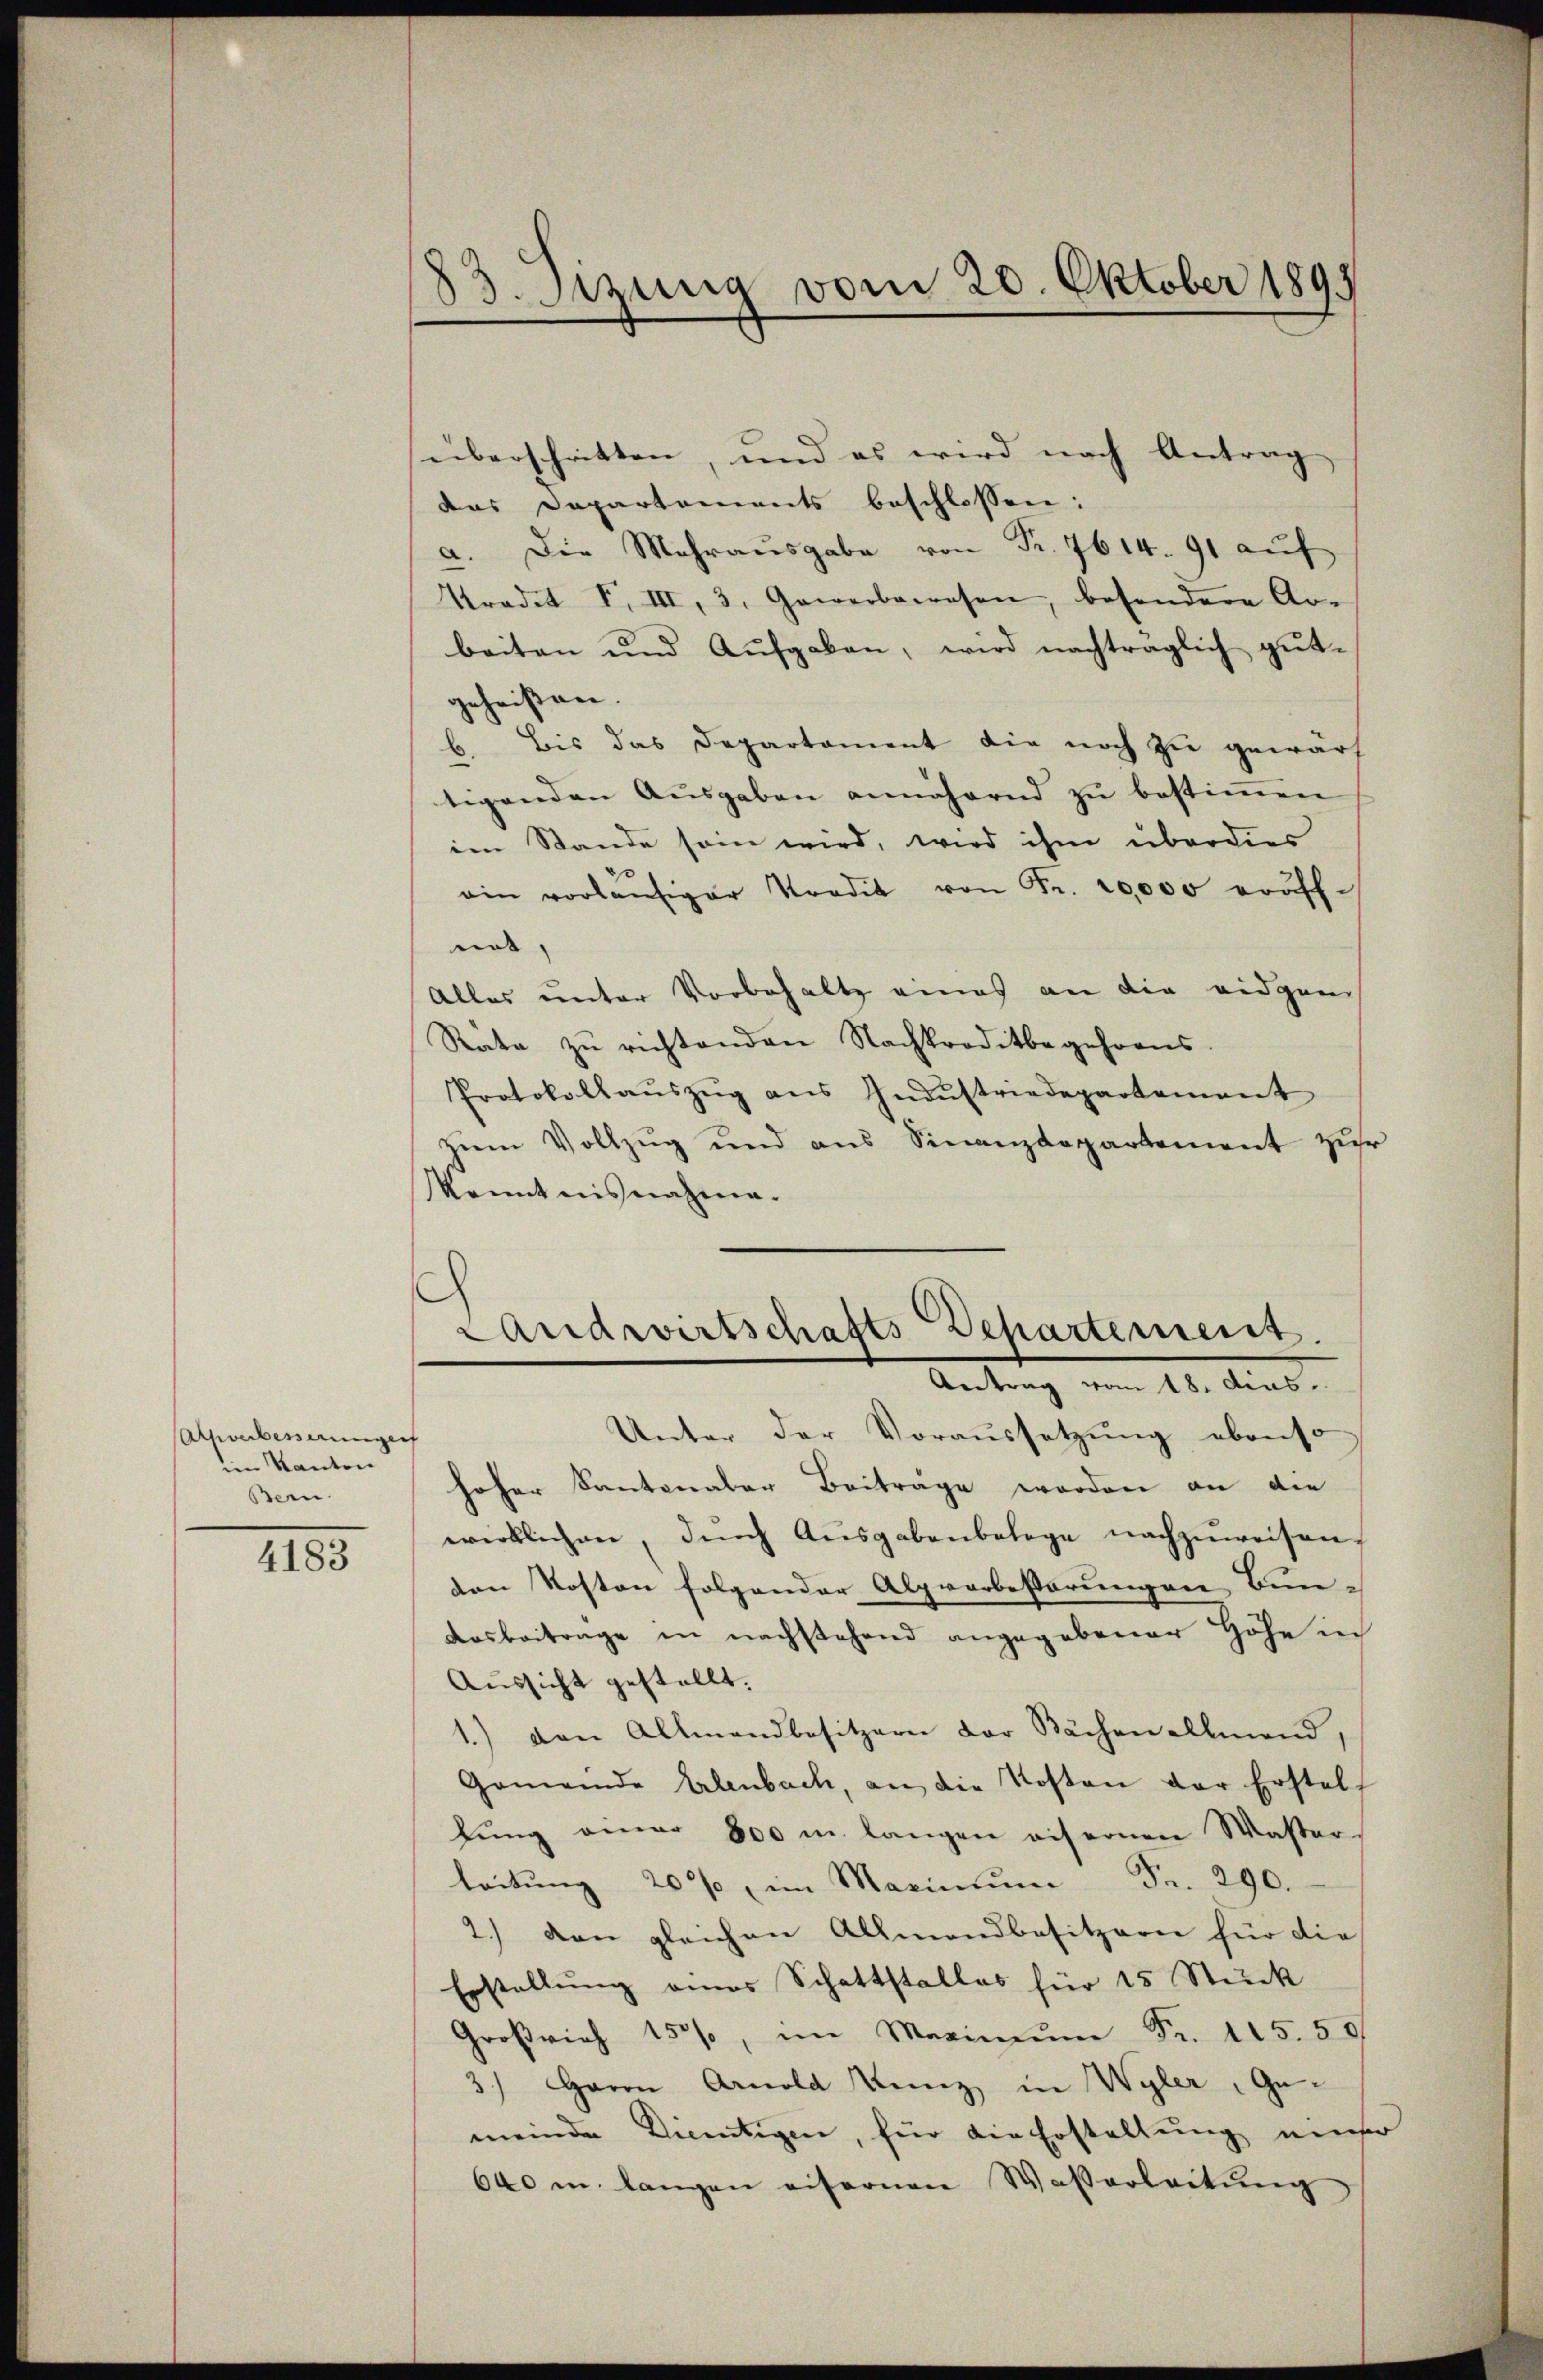
Averbesserungen
im Kanton
Bern.

4183

83. Sizung vom 20. Oktober 1893

überschritten, und es wird nach Antrag
das Departements beschlossen:
a. Die Mehraŭsgabe von Fr. 7614. 91 aŭf
Tradet I. III, 3. Gewerbswesen, besondere Ar-
beiten und Aufgaben, wird nachträglich gut-
geheißen.
Bis das Departament die noch zu gewärf
.
tigenden Aŭsgaben annähernd zŭ bestimmen
ein Stande sein wird, wird ihm überdies
ain vorläŭfiger Kredit von Fr. 20,000 eröff-
not,
Alles unter Vorbehalte eines an die eidgen
Räte zŭ richtenden Nachroditbegehrens.
Protokollaŭszŭg ans Indŭstriedepartement
zŭm Vollzŭg und ans Finanzdepartement zŭr
kanntnisnahme.
Landwirtschafts Departement.
Antrag vom 18. dies
Unter der Voraussetzung ebenso
hoher Kantonaler Beiträge worden an die
wirklichen, dŭrch Ausgabenbelege nachzuweisen.
den Kosten folgender Alpvorbesserungen Bun-
Aoskontrage in nachstehend angegebener Höhe in
Aussicht gestellt.
1.) den Allmandbesitzern der Bächen allmend,
Gemeinde Erlenbach, an die Kosten der Erstell
fung aner 800 m langen eisernen Waster,
leitŭng 20% im Marin ŭm Fr. 290.
2.) den gleichen Allmendbesitzern für die
Erstellŭng eines Schattstalles für 15 Stück
Groβrich 150, im Maximŭm Fr. 115. 50
3) Herrn Arnold Kunz in Wyler, Gemeinde Licentigen, für die Erstellung neuse
640 m langen eifernen Wasserleitŭng